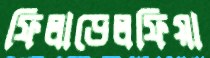
ফিলাডেলফিয়া